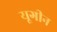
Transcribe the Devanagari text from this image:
यूगीन